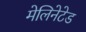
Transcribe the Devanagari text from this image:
मेलिनेटेड